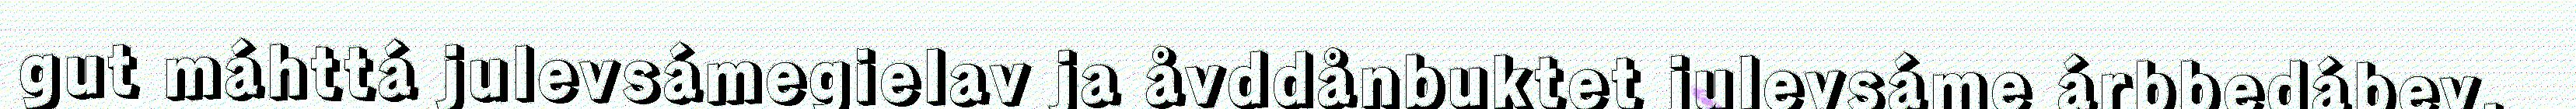
gut máhttá julevsámegielav ja åvddånbuktet julevsáme árbbedábev,